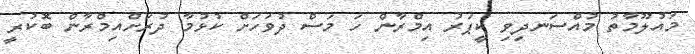
މައުލޫމާތު މުއްސަނދިވި ކީޕަރު އިމްރާން ހަ މަސް ދުވަހަށް ކުޅުމާ ދުރަށްއިމްރާން ބޮކުރީ